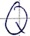
Text: Q